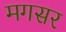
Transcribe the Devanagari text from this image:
मगसर